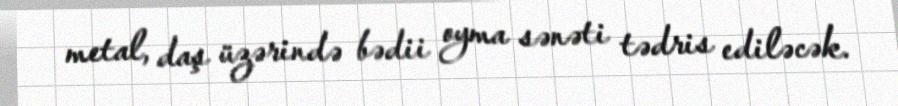
metal, daş üzərində bədii oyma sənəti tədris ediləcək.